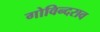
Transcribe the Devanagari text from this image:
गोविन्दराव